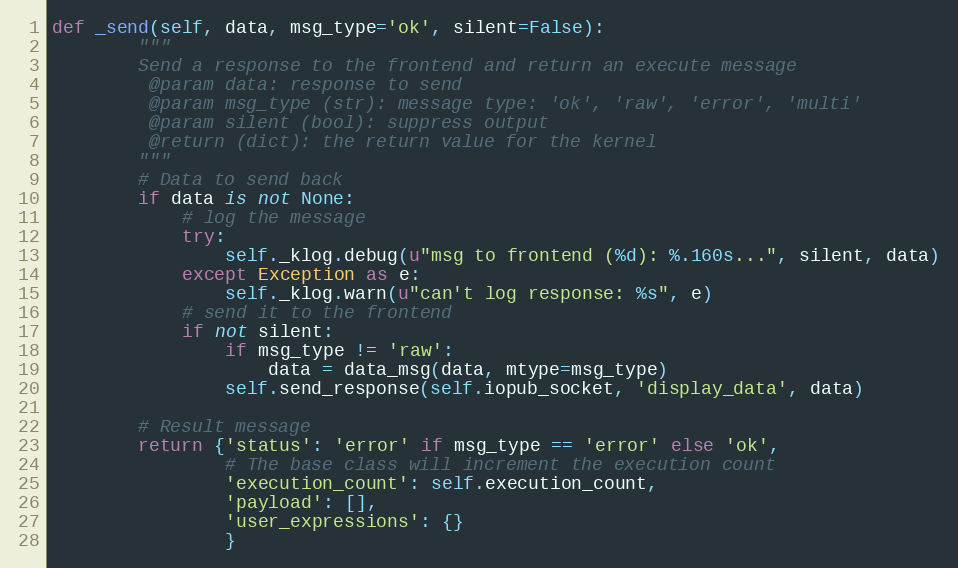
Language: Python
def _send(self, data, msg_type='ok', silent=False):
        """
        Send a response to the frontend and return an execute message
         @param data: response to send
         @param msg_type (str): message type: 'ok', 'raw', 'error', 'multi'
         @param silent (bool): suppress output
         @return (dict): the return value for the kernel
        """
        # Data to send back
        if data is not None:
            # log the message
            try:
                self._klog.debug(u"msg to frontend (%d): %.160s...", silent, data)
            except Exception as e:
                self._klog.warn(u"can't log response: %s", e)
            # send it to the frontend
            if not silent:
                if msg_type != 'raw':
                    data = data_msg(data, mtype=msg_type)
                self.send_response(self.iopub_socket, 'display_data', data)

        # Result message
        return {'status': 'error' if msg_type == 'error' else 'ok',
                # The base class will increment the execution count
                'execution_count': self.execution_count,
                'payload': [],
                'user_expressions': {}
                }